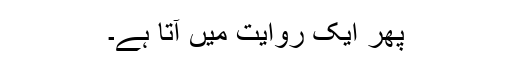
پھر ایک روایت میں آتا ہے۔